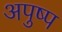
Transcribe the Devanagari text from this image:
अपुष्प